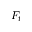
F _ { t }